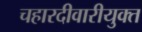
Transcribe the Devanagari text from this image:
चहारदीवारीयुक्त